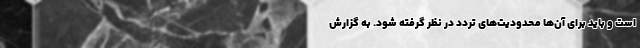
است و باید برای آن‌ها محدودیت‌های تردد در نظر گرفته شود. به گزارش